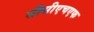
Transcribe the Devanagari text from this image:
सीसीएचएफ